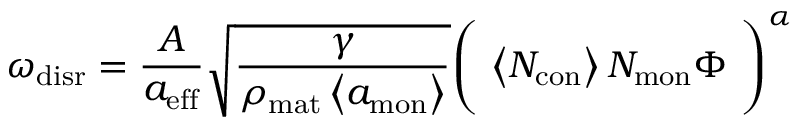
\omega _ { \mathrm { d i s r } } = \frac { A } { a _ { \mathrm { e f f } } } \sqrt { \frac { \gamma } { \rho _ { \mathrm { m a t } } \left< a _ { \mathrm { m o n } } \right> } } \Biggl ( \ \left< N _ { \mathrm { c o n } } \right> N _ { \mathrm { m o n } } \Phi \ \Biggr ) ^ { \alpha }